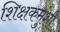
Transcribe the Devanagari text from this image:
शिक्षकमुंशी